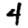
Digit: 4